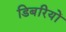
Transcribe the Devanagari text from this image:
डिबरियों